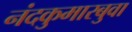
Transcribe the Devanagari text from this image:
नंदकुमारबुवा